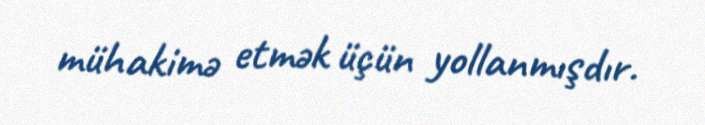
mühakimə etmək üçün yollanmışdır.